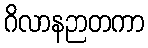
ဂိလာနဉာတကာ